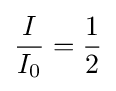
{\frac {I}{I_{0}}}={\frac {1}{2}}